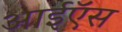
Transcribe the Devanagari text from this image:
आईऍस